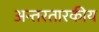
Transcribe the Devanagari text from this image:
अन्तरतारकीय